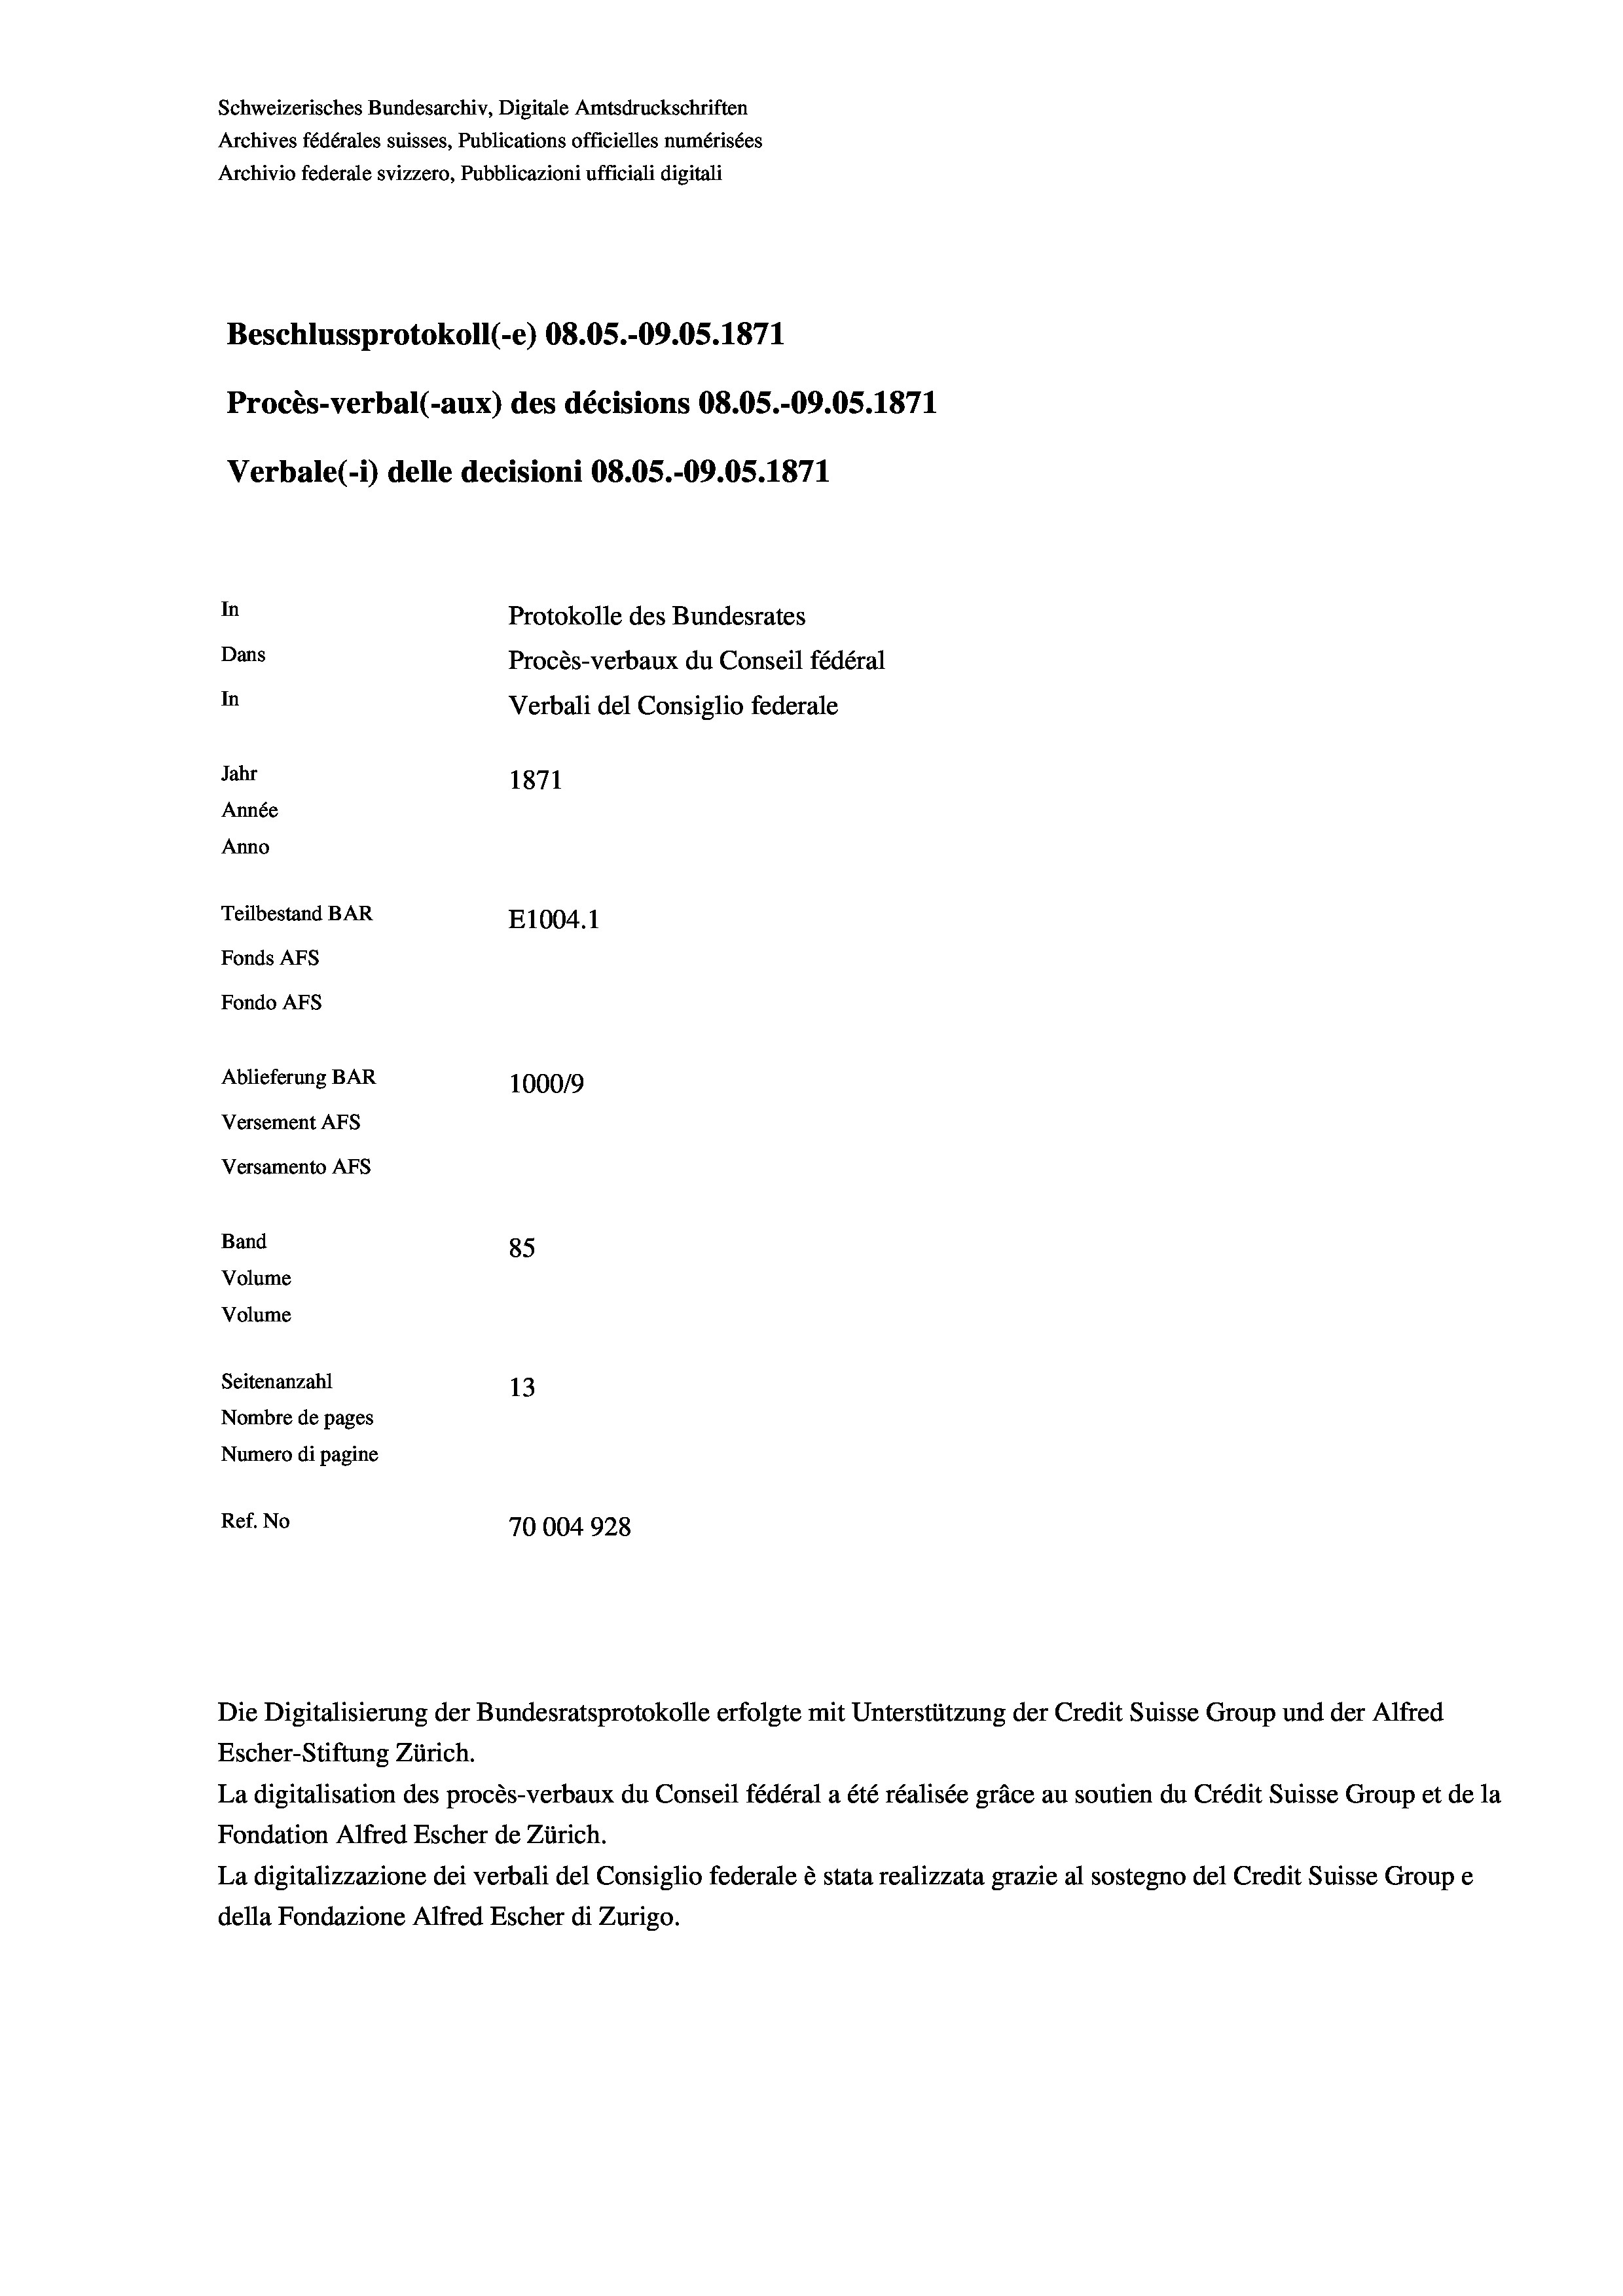
Schweizerisches Bundesarchiv, Digitale Amtsdruckschriften
Archives fédérales suisses, Publications officielles numérisées
Archivio federale svizzero, Pubblicazioni ufficiali digitali
Beschlussprotokoll (-e) 08.05.-09.05. 1871
Procès-verbal (-aux) des décisions 08.05.-09.05. 1871
Verbale (i) delle decisioni 08.05.-09.05. 1871
In
Protokolle des Bundesrates
Dans
Procès-verbaux du Conseil fédéral
In
Verbali del Consiglio federale
Jahr
1871
Année
Anno
Teilbestand BAR
E1004. 1
Fonds AFs
Fondo AFS
Ablieferung BAR
100019
Versement AFs
Versamento AFs
Band
85
Volume
Volume
Seitenanzahl
13
Nombre de pages
Numero di pagine
Ref. No
70004928

Escher-Stiftung Zürich.
La digitalisation des procès-verbaux du Conseil fédéral a été réalisée gräce au soutien du Crédit Suisse Group et de la
Fondation Alfred Escher de Zürich.
La digitalizzazione dei verbali del Consiglio federale è stata realizzata grazie al sostegno del Credit Suisse Groupe
della Fondazione Alfred Escher di Zurigo.

Die Digitalisierung der Bundesratsprotokolle erfolgte mit Unterstützung der Credit Suisse Group und der Alfred